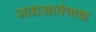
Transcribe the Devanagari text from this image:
आद्यआर्यभाषा